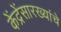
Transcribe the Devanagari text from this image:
केंद्रेंसारख्यांचे